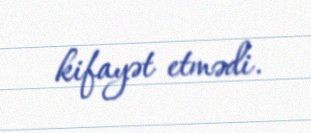
kifayət etmədi.